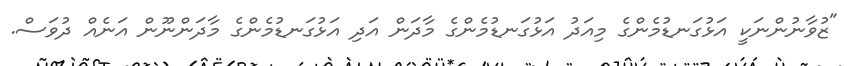
"ޒުވާނުންނަކީ އަޅުގަނޑުމެންގެ މިއަދު އަޅުގަނޑުމެންގެ މާދަން އަދި އަޅުގަނޑުމެންގެ މާދަންނޫން އަނެއް ދުވަސް.